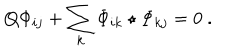
LaTeX: Q \Phi _ { i j } + \sum _ { k } \Phi _ { i k } \star \Phi _ { k j } = 0 \ .